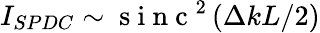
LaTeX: I_{SPDC}\sim\mathrm{~s~i~n~c~}^{2}\left(\Delta kL/2\right)